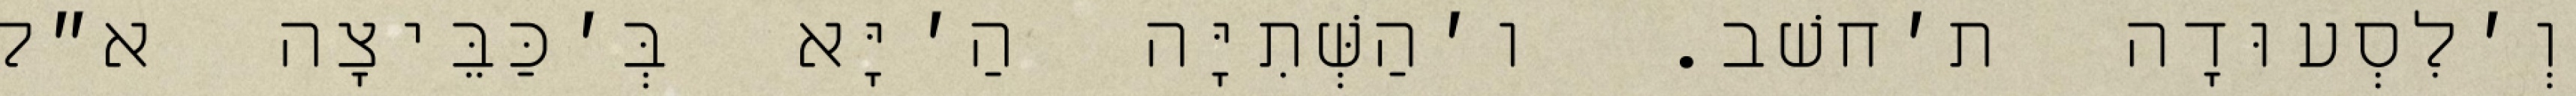
וְ׳לִסְעוּדָה ת׳חשׁב. ו׳הַשְּׁתִיָּה הַ׳יָּא בְּ׳כַּבֵּיצָה א״ל